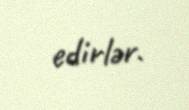
edirlər.